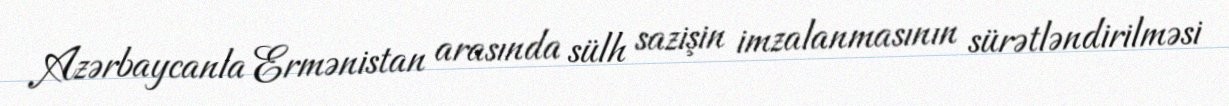
Azərbaycanla Ermənistan arasında sülh sazişin imzalanmasının sürətləndirilməsi